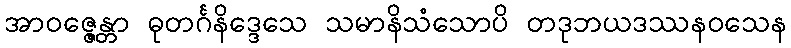
အာဝဇ္ဇေန္တာ ဓုတင်္ဂနိဒ္ဒေသေ သမာနိသံသောပိ တဒုဘယဒဿနဝသေန